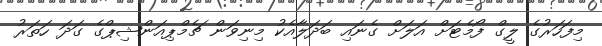
މިފަހަރުގެ ލީގް ފޯމެޓަށް އަލަށް ގެނައި ބަދަލާއެކު މިނިވަން ޗެމްޕިއަންޝިޕްގެ ގަދަ ހަތަރު